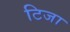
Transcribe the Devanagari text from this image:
टिजा